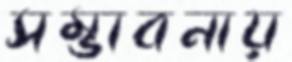
সম্ভাবনায়